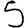
Digit: 5